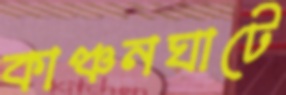
কাঞ্চনঘাটে